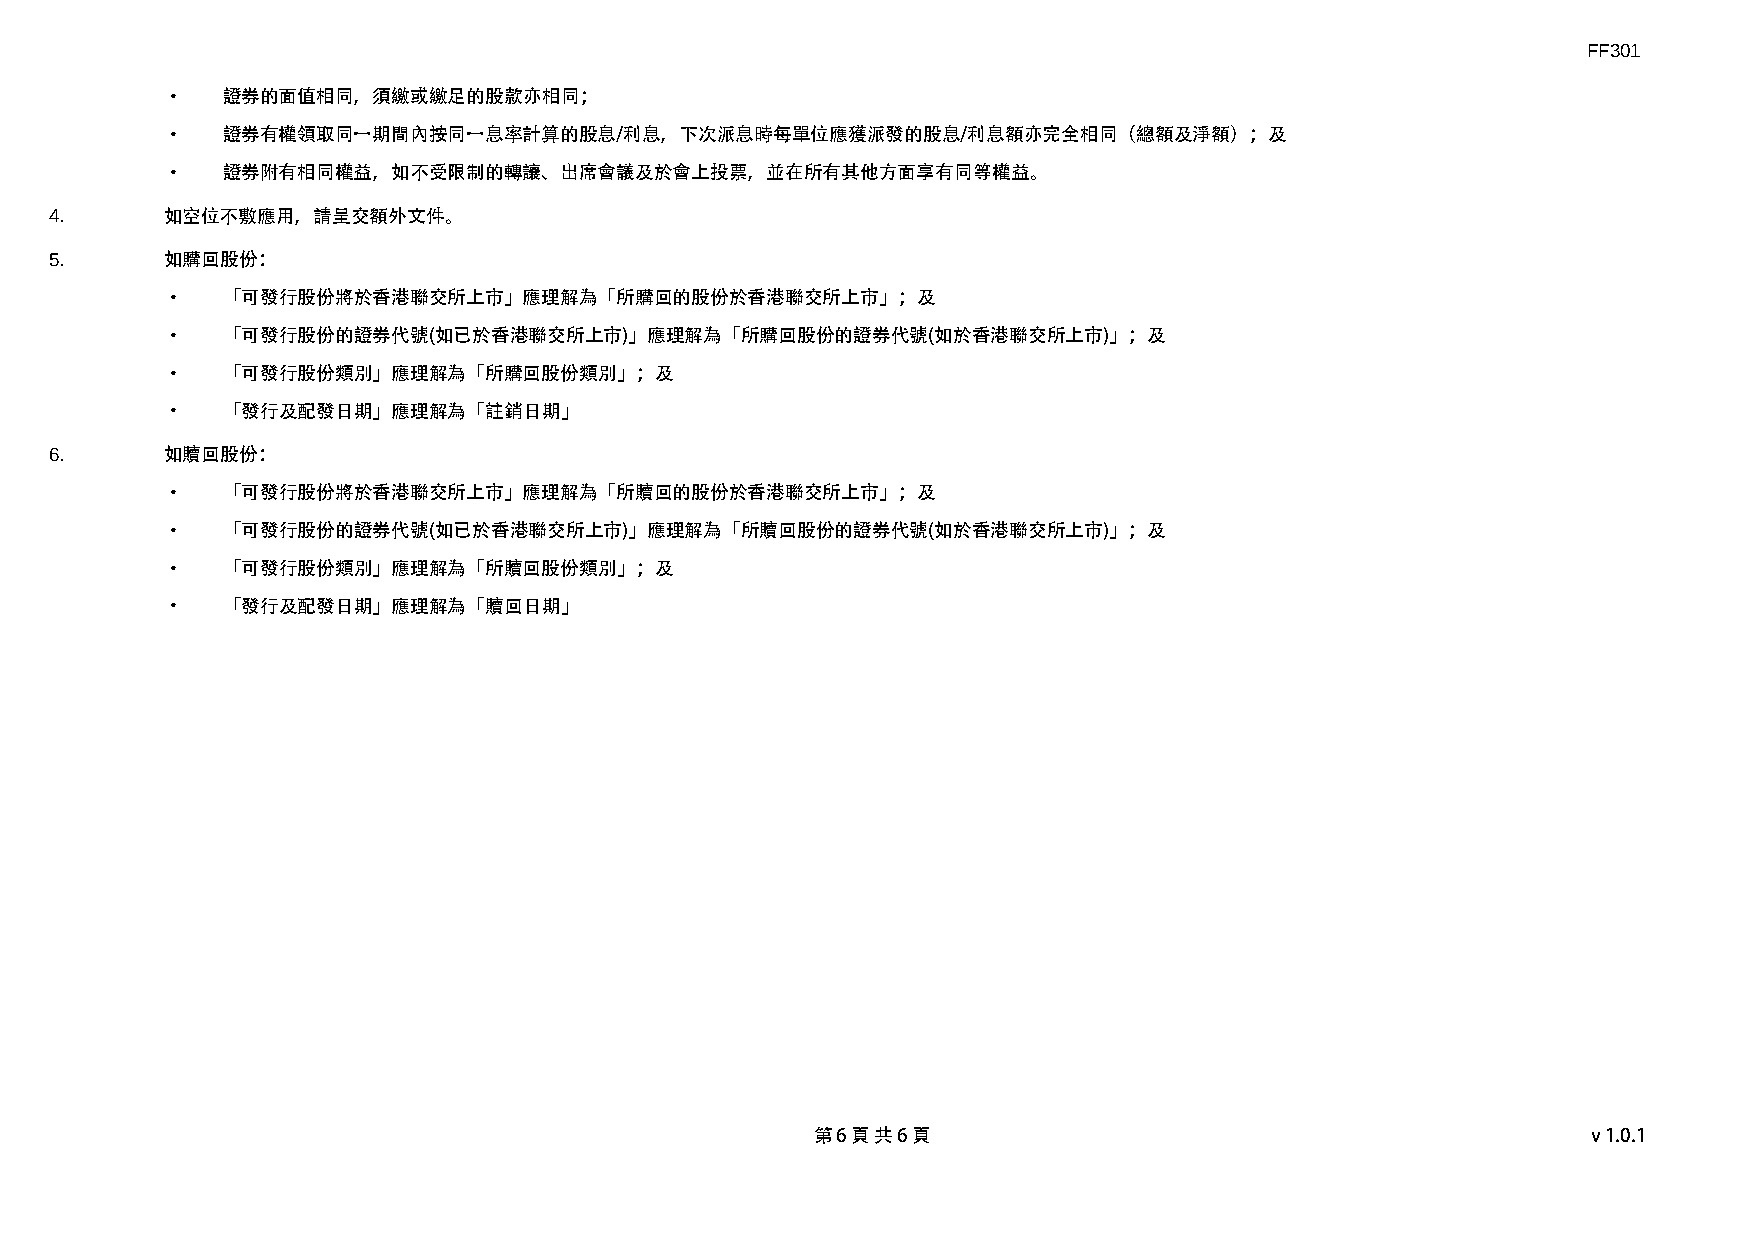
FF301
 ·   證券的面值相同，須繳或繳足的股款亦相同；
 ·   證券有權領取同一期間內按同一息率計算的股息/利息，下次派息時每單位應獲派發的股息/利息額亦完全相同（總額及淨額）；及
 ·   證券附有相同權益，如不受限制的轉讓、出席會議及於會上投票，並在所有其他方面享有同等權益。
 4.      如空位不敷應用，請呈交額外文件。
 5.      如購回股份：
 ·   「可發行股份將於香港聯交所上市」應理解為「所購回的股份於香港聯交所上市」；及
 ·   「可發行股份的證券代號(如已於香港聯交所上市)」應理解為「所購回股份的證券代號(如於香港聯交所上市)」；及
 ·   「可發行股份類別」應理解為「所購回股份類別」；及
 ·   「發行及配發日期」應理解為「註銷日期」
 6.      如贖回股份：
 ·   「可發行股份將於香港聯交所上市」應理解為「所贖回的股份於香港聯交所上市」；及
 ·   「可發行股份的證券代號(如已於香港聯交所上市)」應理解為「所贖回股份的證券代號(如於香港聯交所上市)」；及
 ·   「可發行股份類別」應理解為「所贖回股份類別」；及
 ·   「發行及配發日期」應理解為「贖回日期」
 第 6 頁 共 6 頁                                        v1.0.1